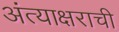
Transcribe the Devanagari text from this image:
अंत्याक्षराची